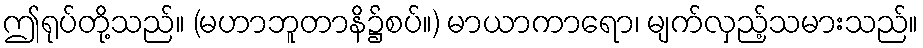
ဤရုပ်တို့သည်။ (မဟာဘူတာနိ၌စပ်။) မာယာကာရော၊ မျက်လှည့်သမားသည်။